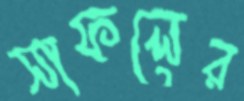
সাফলের